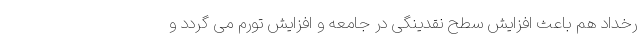
رخداد هم باعث افزایش سطح نقدینگی در جامعه و افزایش تورم می گردد و